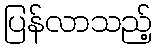
ပြန်လာသည့်